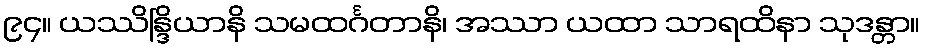
၉၄။ ယဿိန္ဒြိယာနိ သမထင်္ဂတာနိ၊ အဿာ ယထာ သာရထိနာ သုဒန္တာ။